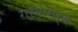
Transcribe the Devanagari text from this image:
गरमागर्म